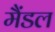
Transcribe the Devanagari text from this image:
मैंडल